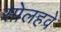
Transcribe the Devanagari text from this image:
सोलहवे